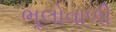
ભૂલોવાળી